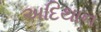
અદિથાન